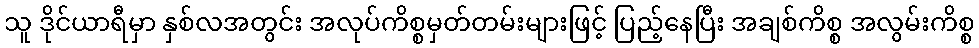
သူ ဒိုင်ယာရီမှာ နှစ်လအတွင်း အလုပ်ကိစ္စမှတ်တမ်းများဖြင့် ပြည့်နေပြီး အချစ်ကိစ္စ အလွမ်းကိစ္စ